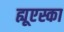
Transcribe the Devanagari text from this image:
ह्यूएस्का